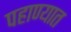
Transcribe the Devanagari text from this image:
पहाण्यात